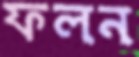
ফলন